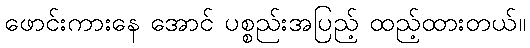
ဖောင်းကားနေ အောင် ပစ္စည်းအပြည့် ထည့်ထားတယ်။